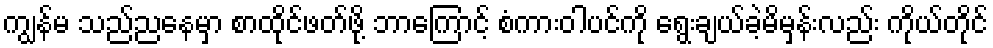
ကျွန်မ သည်ညနေမှာ စာထိုင်ဖတ်ဖို့ ဘာကြောင့် စံကားဝါပင်ကို ရွေးချယ်ခဲ့မိမှန်းလည်း ကိုယ်တိုင်